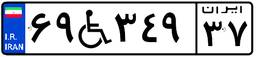
۶۹W۳۴۹۳۷